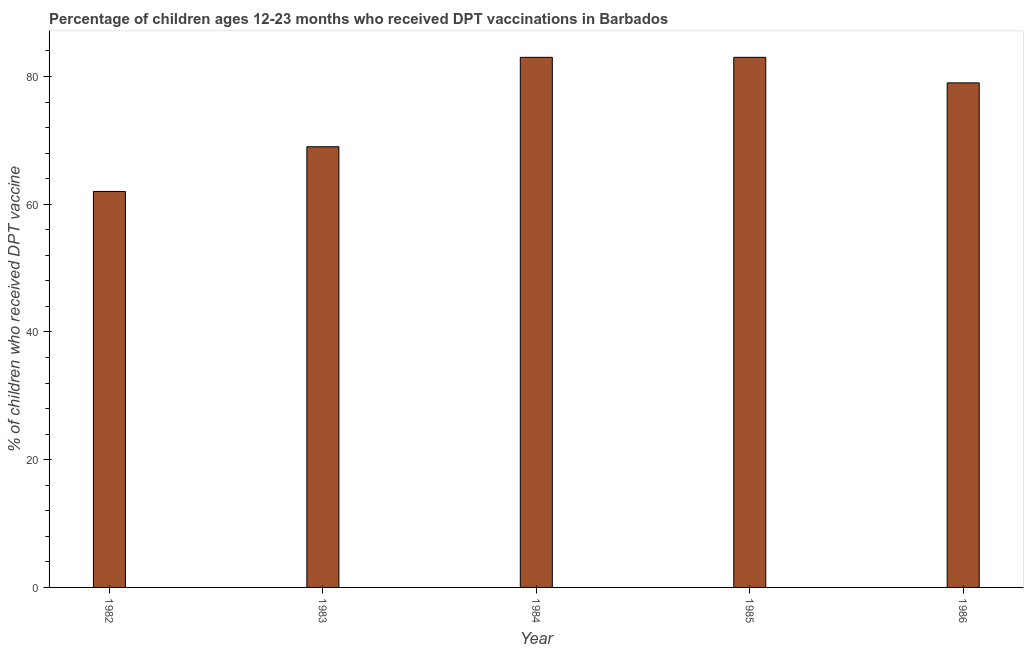
| Year | Immunization |
 | --- | --- |
 | 1982 | 62 |
 | 1983 | 69 |
 | 1984 | 83 |
 | 1985 | 83 |
 | 1986 | 79 |